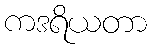
ကဒရိယတာ